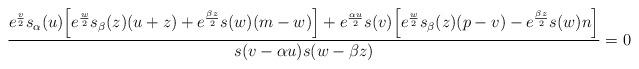
LaTeX: \begin{align*}{ e^{v\over2}s_\alpha(u)\Big[e^{w\over2}s_\beta(z)(u+z)+e^{\beta z\over2}s(w)(m-w)\Big]+e^{\alpha u\over2}s(v)\Big[e^{w\over2}s_\beta(z)(p-v)-e^{\beta z\over2}s(w)n\Big]\over s(v-\alpha u) s(w-\beta z)}=0\end{align*}